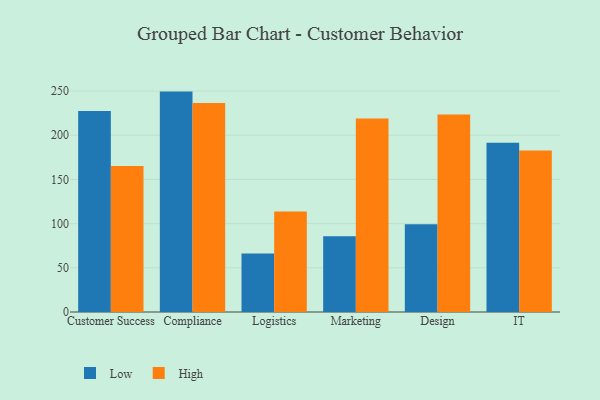
{"axis": {"x": "Department", "y": "Churn Rate (%)"}, "legend": ["High", "Low"], "data": [{"x": "Customer Success", "y": 227.5, "type": "Low"}, {"x": "Customer Success", "y": 165.3, "type": "High"}, {"x": "Compliance", "y": 249.4, "type": "Low"}, {"x": "Compliance", "y": 236.5, "type": "High"}, {"x": "Logistics", "y": 66.1, "type": "Low"}, {"x": "Logistics", "y": 113.8, "type": "High"}, {"x": "Marketing", "y": 85.8, "type": "Low"}, {"x": "Marketing", "y": 218.9, "type": "High"}, {"x": "Design", "y": 99.4, "type": "Low"}, {"x": "Design", "y": 223.5, "type": "High"}, {"x": "IT", "y": 191.5, "type": "Low"}, {"x": "IT", "y": 182.8, "type": "High"}]}